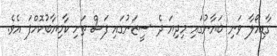
ގާޑިއޯލާ ވަނި ބަޔާނުގައި މިދިޔަ ދެ ސީޒަނުގައި ފަސް ތަށި ކާމިޔާބުކޮށްފަ އެވެ.